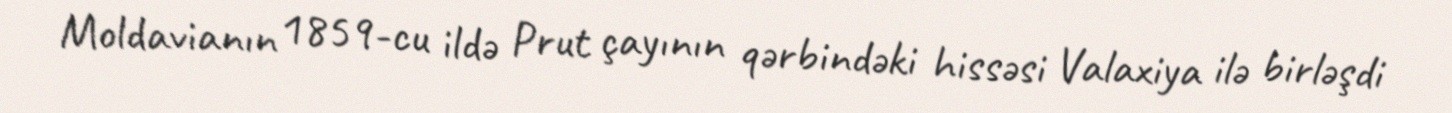
Moldavianın 1859-cu ildə Prut çayının qərbindəki hissəsi Valaxiya ilə birləşdi